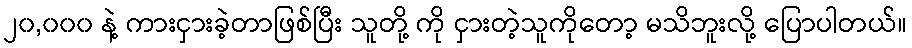
၂၀,၀၀၀ နဲ့ ကားငှားခဲ့တာဖြစ်ပြီး သူတို့ ကို ငှားတဲ့သူကိုတော့ မသိဘူးလို့ ပြောပါတယ်။